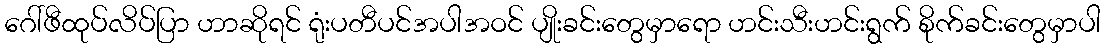
ဂေါ်ဖီထုပ်လိပ်ပြာ ဟာဆိုရင် ရုံးပတီပင်အပါအဝင် ပျိုးခင်းတွေမှာရော ဟင်းသီးဟင်းရွက် စိုက်ခင်းတွေမှာပါ